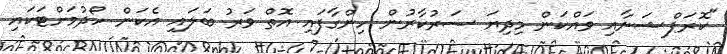
"ކޮރަޕްޝަނާއި ވައްކަން މިދިޔަ ސަރުކާރުން ހިންގާފައި އޮތް ވަރު ބަލައި އެކަން ހޯދުމަށްޓަކައި